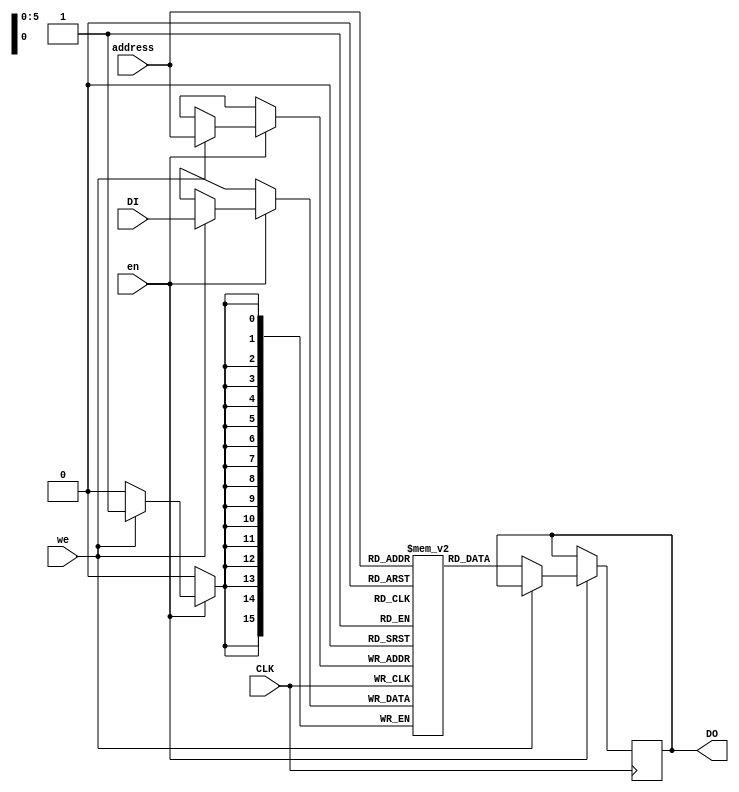
module singlePort_RAM_NoChangeMode(
    input CLK,
    input we,
    input en,
    input [5:0] address,
    input [15:0] DI,
    output [15:0] DO
    );
	 
	 reg [15:0] DO;
	 reg [15:0] RAM [63:0];
	 
	 always @ (posedge CLK) begin
		if (en) begin
			if (we)
				RAM[address] <= DI;
			else
				DO <= RAM[address];
		end
	 end

endmodule